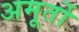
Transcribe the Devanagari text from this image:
अमूर्तो